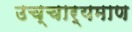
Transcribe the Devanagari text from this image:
उच्चार्यमाण